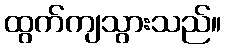
ထွက်ကျသွားသည်။